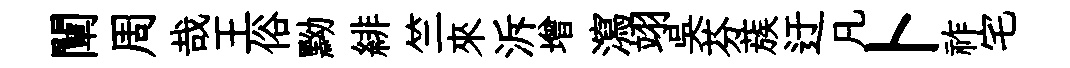
闡周哉王俗黝緋竺來泝增瀉翊吳芬蔟迂凡卜祚宅